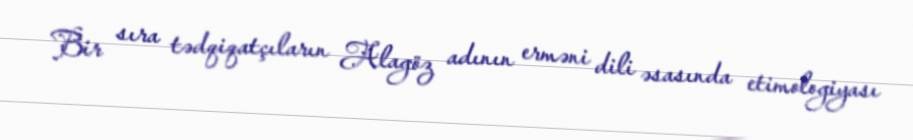
Bir sıra tədqiqatçıların Alagöz adının erməni dili əsasında etimologiyası